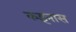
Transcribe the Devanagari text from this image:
कइनास